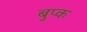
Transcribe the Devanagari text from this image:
बुप्क